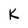
Character: K